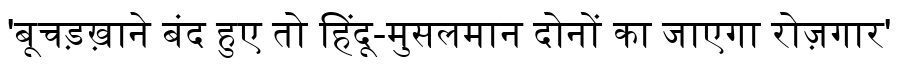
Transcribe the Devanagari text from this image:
'बूचड़ख़ाने बंद हुए तो हिंदू-मुसलमान दोनों का जाएगा रोज़गार'